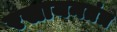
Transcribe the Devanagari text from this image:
रसायनतंत्र